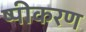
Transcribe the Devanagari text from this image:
ष्पीकरण